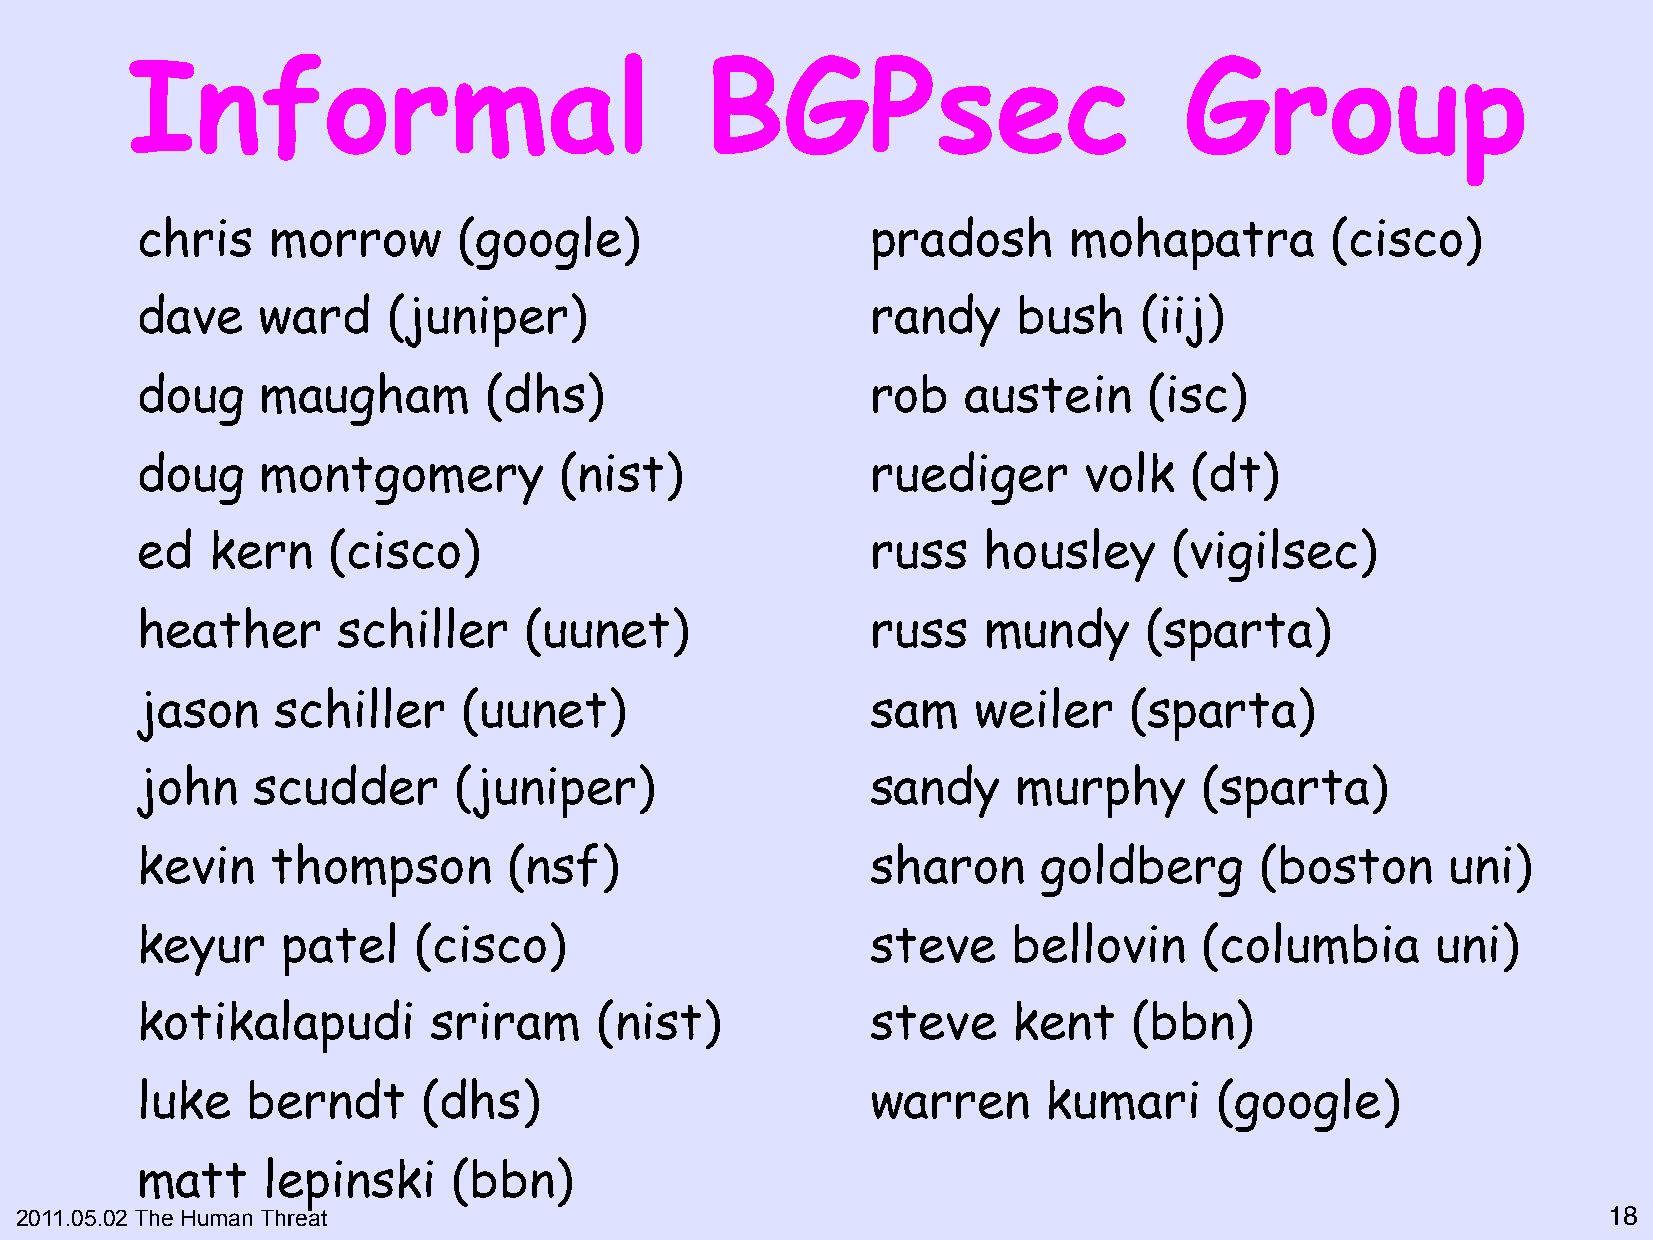
Informal                               BGPsec                         Group
 chris    morrow      (google)                    pradosh      mohapatra        (cisco)
 dave    ward     (juniper)                       randy    bush    (iij)
 doug    maugham        (dhs)                     rob   austein     (isc)
 doug    montgomery          (nist)               ruediger      volk   (dt)
 ed   kern    (cisco)                             russ   housley     (vigilsec)
 heather      schiller     (uunet)                russ   mundy      (sparta)
 jason    schiller     (uunet)                    sam   weiler     (sparta)
 john    scudder      (juniper)                   sandy    murphy       (sparta)
 kevin    thompson        (nsf)                   sharon     goldberg      (boston      uni)
 keyur     patel   (cisco)                        steve    bellovin     (columbia      uni)
 kotikalapudi       sriram     (nist)             steve    kent    (bbn)
 luke   berndt      (dhs)                         warren     kumari      (google)
 matt    lepinski     (bbn)
 2011.05.02 The Human Threat                                                                              18"